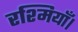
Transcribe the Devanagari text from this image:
रश्मियाँ।